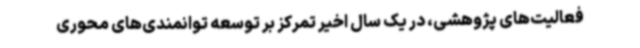
فعالیت‌های پژوهشی، در یک سال اخیر تمرکز بر توسعه توانمندی‌های محوری